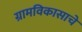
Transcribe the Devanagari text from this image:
ग्रामविकासाचे